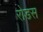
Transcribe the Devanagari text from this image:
रोडस